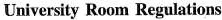
University Room Regulations